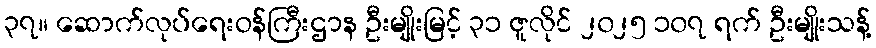
၃၇။ ဆောက်လုပ်ရေးဝန်ကြီးဌာန ဦးမျိုးမြင့် ၃၁ ဇူလိုင် ၂၀၂၅ ၁၀၇ ရက် ဦးမျိုးသန့်